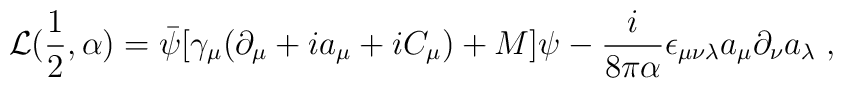
{\cal L}(\frac{1}{2}, \alpha) =  \bar\psi[\gamma_\mu(\partial_\mu + ia_\mu +iC_\mu) +M]\psi- \frac{i}{8\pi\alpha}\epsilon_{\mu\nu\lambda}a_\mu\partial_\nu a_\lambda\;,